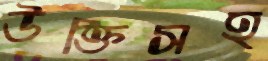
উক্তিসহ